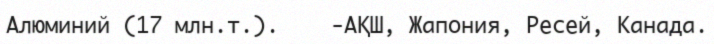
Алюминий (17 млн.т.).    -АҚШ, Жапония, Ресей, Канада.